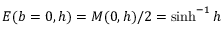
E ( b = 0 , h ) = M ( 0 , h ) / 2 = \sinh ^ { - 1 } { h }